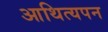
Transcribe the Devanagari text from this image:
आथित्यपन